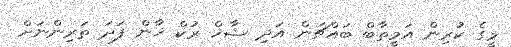
މީގެ ކުރިން އަމީތާބް ބައްޗަން އަދި ޝާޚް ރުކް ޚާން ފަދަ ތަރިންނަށް